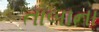
તાબાના